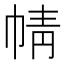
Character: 𢃢